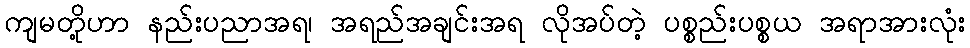
ကျမတို့ဟာ နည်းပညာအရ၊ အရည်အချင်းအရ လိုအပ်တဲ့ ပစ္စည်းပစ္စယ အရာအားလုံး